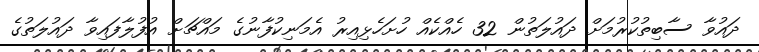
ދައުވާ ސާބިތުކުރުމަށް ދައުލަތުން 32 ހެއްކެއް ހުށަހެޅިއިރު އެމަނިކުފާނުގެ މައްޗަށް އުފުލާފައިވާ ދައުލަތުގެ